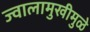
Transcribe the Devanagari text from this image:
ज्वालामुखीमुळे